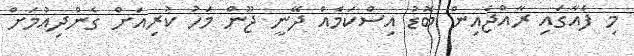
މި ފެއާގައި ރާއްޖެއިން ބޮޑު އިސްކަމެއް ދޭނީ ޖޫން މަހު ކުރިއަށް ގެންދިއުމަށް